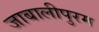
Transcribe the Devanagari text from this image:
जाबालीपुरम